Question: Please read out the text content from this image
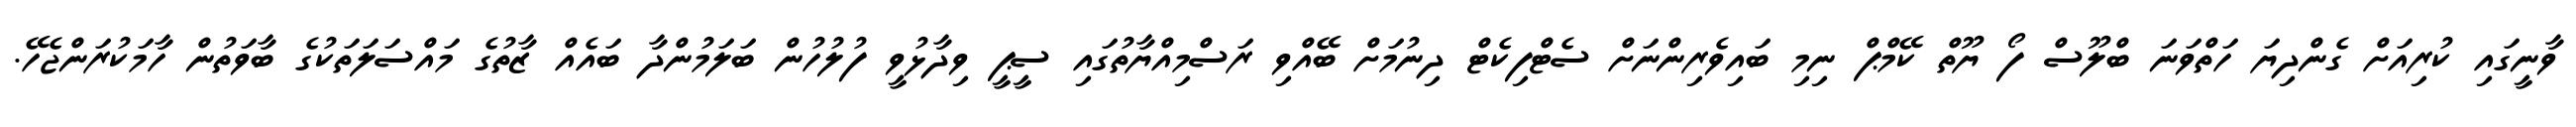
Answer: ވާނީގައި ކުރިއަށް ގެންދިޔަ ހަތްވަނަ ބްލޫސް ފޯ ޔޫތް ކޭމްޕް ނިމި ބައިވެރިންނަށް ސެޓްފިކެޓް ދިނުމަށް ބޭއްވި ރަސްމިއްޔާތުގައި ސީޕީ ވިދާޅުވީ ފުލުހުން ބަލަމުންދާ ބައެއް ޒާތުގެ މައްސަލަތަކުގެ ބާވަތުން ހާމަކުރަންޖެހޭ.